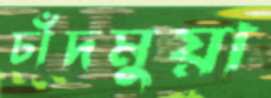
চাঁদমুয়া